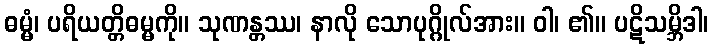
ဓမ္မံ၊ ပရိယတ္တိဓမ္မကို။ သုဏန္တဿ၊ နာလို သောပုဂ္ဂိုလ်အား။ ဝါ၊ ၏။ ပဋိသမ္ဘိဒါ၊